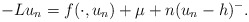
\begin{align*}-Lu_{n}=f(\cdot, u_{n})+\mu+n(u_{n}-h)^{-}.\end{align*}